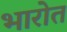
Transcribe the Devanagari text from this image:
भारोत